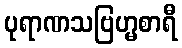
ပုရာဏသဗြဟ္မစာရီ